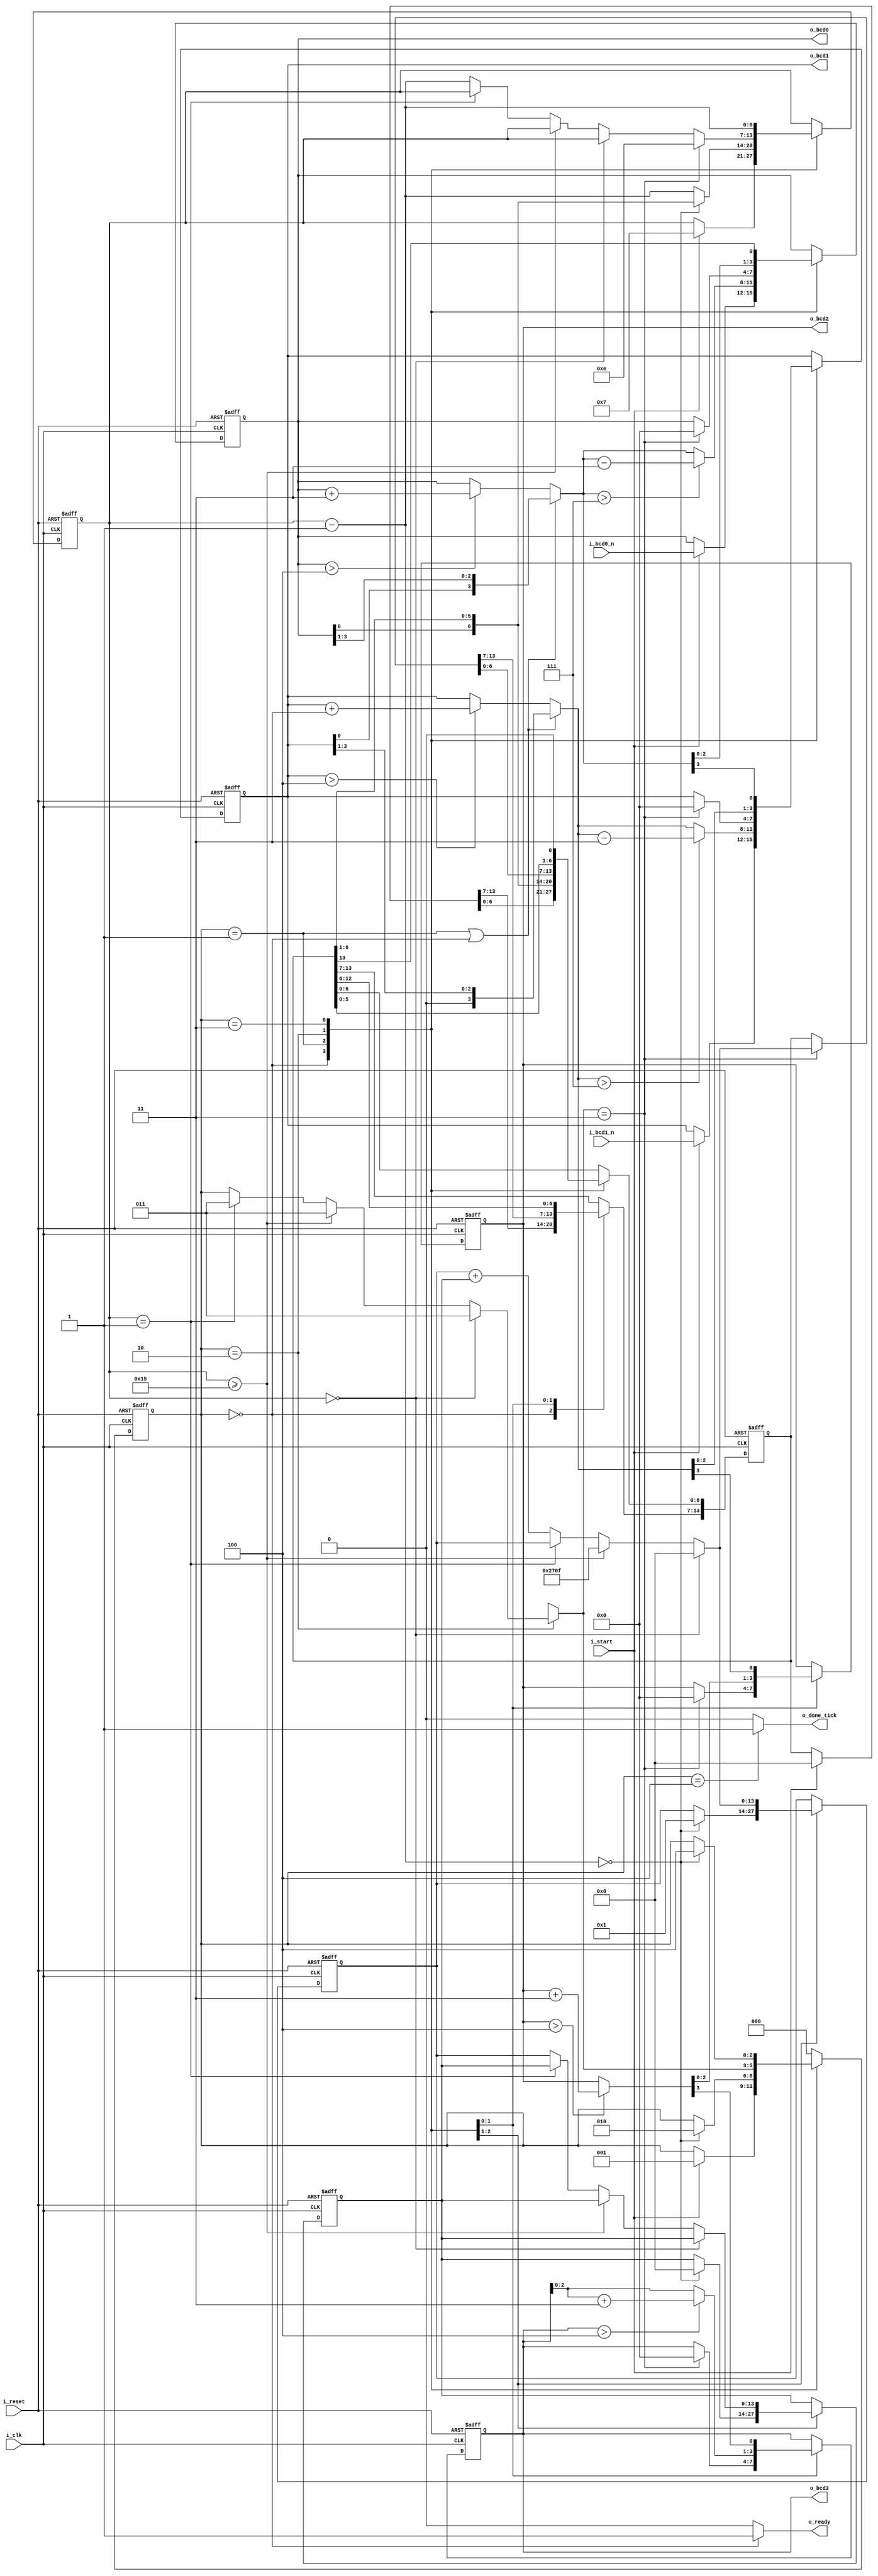
module fibb_combined(
    input i_clk, i_reset,
    input i_start, 
    input [3:0] i_bcd1_n, i_bcd0_n, 
    output reg o_ready, o_done_tick, 
    output [3:0] o_bcd3, o_bcd2, o_bcd1, o_bcd0
    );
                
    //state declarations
    localparam [2:0] idle = 3'b000,
                     BCD_to_bin = 3'b001,
                     fib = 3'b010,
                     bin_to_BCD = 3'b011,
                     done = 3'b100;
                     
    reg [2:0] s_state_reg, s_state_next;
    reg [13:0] s_t0_reg, s_t0_next, s_t1_reg, s_t1_next;
    reg [6:0] s_n_reg, s_n_next;
    
    //BCD to binary conversion registers
    reg [13:0] s_bin_reg, s_bin_next;
    reg [3:0] s_bcd3_reg, s_bcd2_reg, s_bcd1_reg, s_bcd0_reg;
    reg [3:0] s_bcd3_next, s_bcd2_next, s_bcd1_next, s_bcd0_next;
    wire [3:0] s_bcd3_temp, s_bcd2_temp, s_bcd1_temp, s_bcd0_temp;
    
    //FSMD state and data structures
    always @(posedge i_clk, posedge i_reset)
        if (i_reset)
            begin
                s_state_reg <= idle;
                s_t0_reg <= 0;
                s_t1_reg <= 0;
                s_n_reg <= 0;
                s_bin_reg <= 0;
                s_bcd3_reg <= 0;
                s_bcd2_reg <= 0;
                s_bcd1_reg <= 0;
                s_bcd0_reg <= 0;
            end
        else
            begin
                s_state_reg <= s_state_next;
                s_t0_reg <= s_t0_next;
                s_t1_reg <= s_t1_next;
                s_n_reg <= s_n_next;
                s_bin_reg <= s_bin_next;
                s_bcd3_reg <= s_bcd3_next;
                s_bcd2_reg <= s_bcd2_next;
                s_bcd1_reg <= s_bcd1_next;
                s_bcd0_reg <= s_bcd0_next;
            end
     
     //FSMD next-state logic
     always @*
     begin
        s_state_next = s_state_reg;
        o_ready = 1'b0;
        o_done_tick = 1'b0;
        s_t0_next = s_t0_reg;
        s_t1_next = s_t1_reg;
        s_n_next = s_n_reg;
        s_bin_next = s_bin_reg;
        s_bcd3_next = s_bcd3_reg;
        s_bcd2_next = s_bcd2_reg;
        s_bcd1_next = s_bcd1_reg;
        s_bcd0_next = s_bcd0_reg;
        
        case(s_state_reg)
            
            idle:
                begin
                    o_ready = 1'b1;
                    if (i_start)
                        begin
                            s_state_next = BCD_to_bin;
                            s_n_next = 7'd7;
                            s_bcd1_next = i_bcd1_n;
                            s_bcd0_next = i_bcd0_n;
                            s_bin_next = 0;
                        end
                end
            BCD_to_bin: 
                begin
                    s_bcd1_next = (s_bcd1_temp > 7) ? s_bcd1_temp - 3 : s_bcd1_temp;
                    s_bcd0_next = (s_bcd0_temp > 7) ? s_bcd0_temp - 3 : s_bcd0_temp;
                    
                    s_bin_next[6:0] = {s_bcd0_reg[0], s_bin_reg[6:1]};
                    
                    s_n_next = s_n_reg - 1;
                    
                    if(s_n_next == 0)
                        begin
                            s_t0_next = 0;
                            s_t1_next = 14'd1;
                            s_n_next = s_bin_next[6:0]; //may need to be s_bin_next?
                            s_state_next = fib;
                        end
                end
            fib:
                begin
                    if(s_n_reg == 0)
                        begin
                            s_t1_next = 0;
                            s_state_next = bin_to_BCD;
                        end
                    else if (s_n_reg >= 21)
                        begin
                            s_t1_next = 14'd9999;
                            s_state_next = bin_to_BCD;
                        end
                    else if(s_n_reg == 1)
                        s_state_next = bin_to_BCD;
                    else
                        begin
                            s_t1_next = s_t1_reg + s_t0_reg;
                            s_t0_next = s_t1_reg;
                            s_n_next = s_n_reg - 1;
                        end
                    
                    if(s_state_next == bin_to_BCD)
                        begin
                            s_bcd0_next = 0; 
                            s_bcd1_next = 0;
                            s_bcd2_next = 0; 
                            s_bcd3_next = 0; 
                            s_n_next = 7'd14;
                            s_bin_next = s_t1_next;
                        end
                end
            bin_to_BCD: 
                begin
                    s_bin_next = s_bin_reg << 1;
                                        
                    s_bcd0_next = {s_bcd0_temp[2:0], s_bin_reg[13]};
                    s_bcd1_next = {s_bcd1_temp[2:0], s_bcd0_temp[3]};
                    s_bcd2_next = {s_bcd2_temp[2:0], s_bcd1_temp[3]};
                    s_bcd3_next = {s_bcd3_temp[2:0], s_bcd2_temp[3]};
                    
                    s_n_next = s_n_next - 1;
                    if(s_n_next == 0)
                        s_state_next = done;
                end
            done:
                begin
                    o_done_tick = 1'b1;
                    s_state_next = idle;
                end
            default: s_state_next = idle;
        endcase
     end
     
     //data path functions
     assign s_bcd0_temp = (s_state_reg == BCD_to_bin || s_state_reg == idle) ? {s_bcd1_reg[0], s_bcd0_reg[3:1]} : (s_bcd0_reg > 4) ? s_bcd0_reg + 3 : s_bcd0_reg;
     assign s_bcd1_temp = (s_state_reg == BCD_to_bin || s_state_reg == idle) ? {1'b0, s_bcd1_reg[3:1]}          : (s_bcd1_reg > 4) ? s_bcd1_reg + 3 : s_bcd1_reg;
     assign s_bcd2_temp = (s_bcd2_reg > 4) ? s_bcd2_reg + 3 : s_bcd2_reg;
     assign s_bcd3_temp = (s_bcd3_reg > 4) ? s_bcd3_reg + 3 : s_bcd3_reg;
     
     //output logic
     assign o_bcd0 = s_bcd0_reg;
     assign o_bcd1 = s_bcd1_reg;
     assign o_bcd2 = s_bcd2_reg;
     assign o_bcd3 = s_bcd3_reg;
    
endmodule